Leaving Certificate Examination, 1919
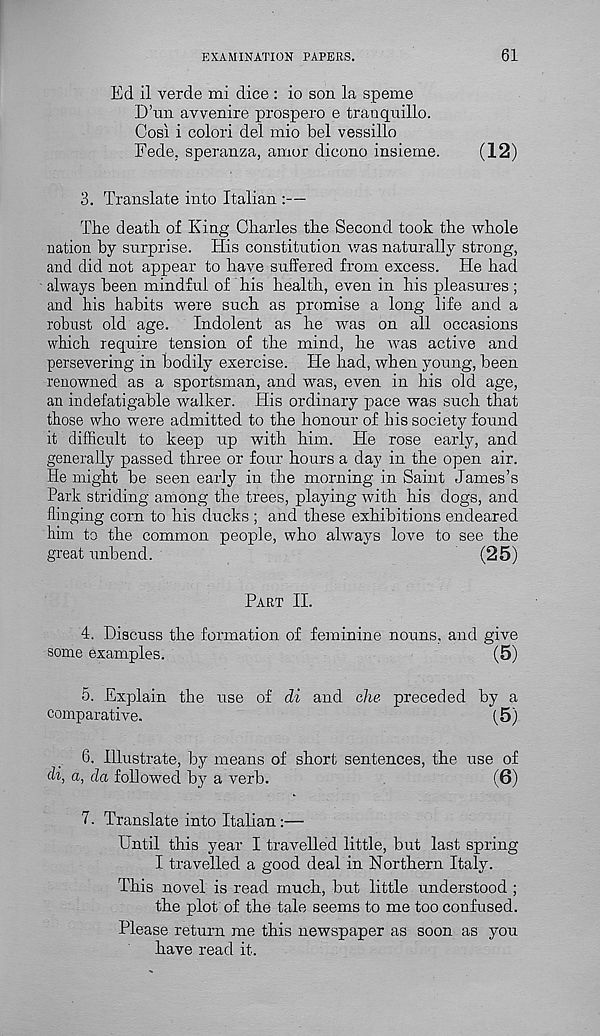
EXAMINATION PAPERS.
61
Ed il verde mi dice : io son la speme
D’un avvenire prospero e tranqnillo.
Cosi i colori del mio bel vessillo
Fede. speranza, amor dicono insierne.
(12)
3. Translate into Italian :—
The death of King Charles the Second took the whole
nation by surprise. His constitution was naturally strong,
and did not appear to have suffered from excess. Pie had
always been mindful of his health, even in his pleasures;
and his habits were such as promise a long life and a
robust old age.
Indolent as he was on all occasions
which require tension of the mind, he was active and
persevering in bodily exercise. Pie had, when young, been
renowned as a sportsman, and was, even in his old age,
an indefatigable walker. His ordinary pace was such that
those who were admitted to the honour of his society found
it difficult to keep up with him. He rose early, and
generally passed three or four hours a day in the open air.
He might be seen early in the morning in Saint James’s
Park striding among the trees, playing with his dogs, and
flinging corn to his ducks ; and these exhibitions endeared
him to the common people, who always love to see the
great unbend.
(25)
Part II.
4. Discuss the formation of feminine nouns, and give
some examples.
(5)
5. Explain the use of di and die preceded by a
comparative.
(5)
6. Illustrate, by means of short sentences, the use of
di, a, da followed, by a verb.
(6)
7. Translate into Italian:—
Until this year I travelled little, but last spring
I travelled a good deal in Northern Italy.
This novel is read much, but little understood ;
the plot of the tale seems to me too confused.
Please return me this newspaper as soon as you
have read it.